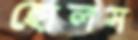
হোলস